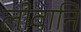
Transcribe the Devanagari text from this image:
लीवानि